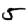
Digit: 5